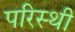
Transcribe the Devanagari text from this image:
परिस्थी